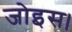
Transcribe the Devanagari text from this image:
जोइस।